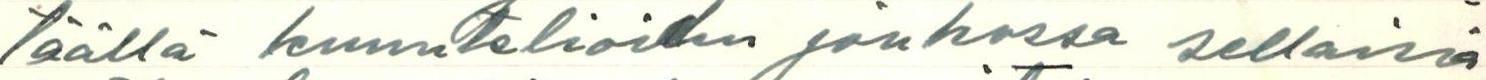
täällä kuuntelijoiden joukossa sellaisia